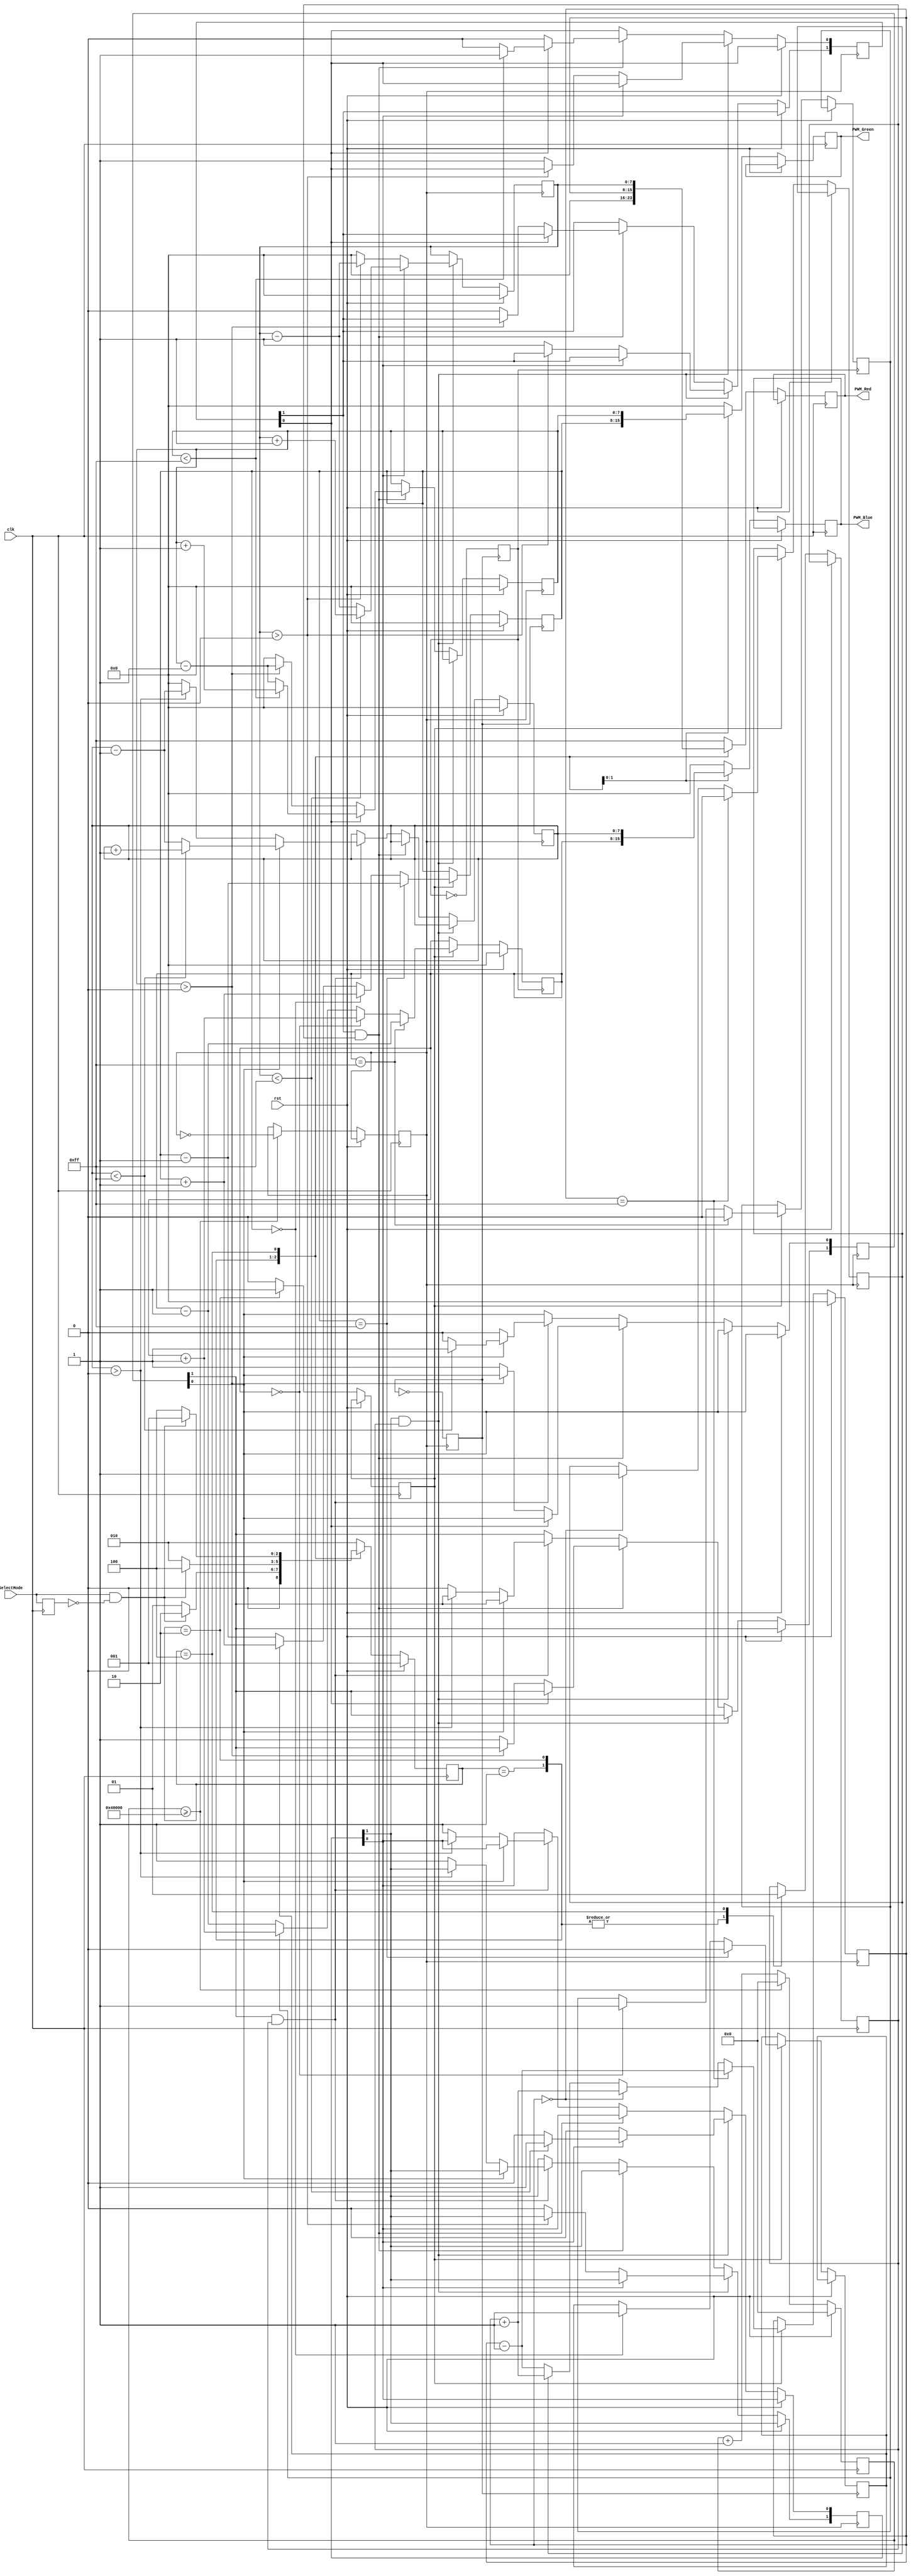
//////////////////////////////////////////////////////////////////////////////////
// 
// Design Name: Breathing Lights
// Module Name: Color_Source
// Project Name: Breathing Lights
// Target Devices: 
// Tool Versions: 
// Description: This is implementation of state machine for selecting color mode change on LEDs
// 
// Dependencies: 
// 
// Revision:
// Revision 0.01 - File Created
// Additional Comments:
// 
//////////////////////////////////////////////////////////////////////////////////


module Color_Source(
    input clk, //Clock
    input rst, //Synchonous reset
    input SelectMode, //Change machine state - color mix mode 
    output reg [7:0] PWM_Red, //Output signal for intensity on Red LED (0-255)
    output reg [7:0] PWM_Green, //Output signal for intensity on Green LED (0-255)
    output reg [7:0] PWM_Blue //Output signal for intensity on Blue LED (0-255)
    );

    //-------------State Machine sates--------------------------
    parameter MachineSize = 3;
    parameter IDLE  = 3'b001, MIXED_COLORS = 3'b010, SINGLE_COLORS = 3'b100;

    //-------------Machine states---------------------------
    reg   [MachineSize-1:0]          state;		// Seq part of the FSM
    wire  [MachineSize-1:0]          next_state;	// combo part of FSM
    
    //Internal counter for prescaling frequency
    reg [32:0] counter = 0;
    
    //Previous state of input SelectMode
    reg PreviousSelectMode;
    
    //Prescaler register
    reg [32:0] toggle_after_cycles = 32'h40000; //32 bit hex value of (262144)DEC for dividing frequency;
    reg scaled_clk = 0; //Prescaled clock
    reg scaled_clk_g = 0; //clock for green color
    reg scaled_clk_b = 0; //clock for blue color
    
    //Direction of counters for individual colors (1 - incrementing; 0 - decrementing)
    reg Direction_Red = 1;
    reg Direction_Green = 1;
    reg Direction_Blue = 1;
    
    //Change of colors on RGB LEDs, bit 0 - direction of counting, bit 1 - enable change on this diode
    reg [1:0] Change_Red_S = 2'b11;
    reg [1:0] Change_Green_S = 2'b00;
    reg [1:0] Change_Blue_S = 2'b00;
    
    //Enable operation modes
    reg EnableMixedColors = 0;
    reg EnableSingleColors = 0;
    
    //PWM values for MIXED_COLORS mode
    reg [7:0] MixedColor_PWM_r;
    reg [7:0] MixedColor_PWM_g;
    reg [7:0] MixedColor_PWM_b;
    
    //PWM values for SINGLE_COLORS mode 
    reg [7:0] SingleColor_PWM_r;
    reg [7:0] SingleColor_PWM_g;
    reg [7:0] SingleColor_PWM_b;

    assign next_state = fsm_function(state, SelectMode);
    
    //----------Function for Combo Logic-----------------
    function [MachineSize-1:0] fsm_function;
        input  [MachineSize-1:0]  state;	
        input    SelectMode;
        case(state)
            IDLE : if (SelectMode == 1'b1 && PreviousSelectMode == 1'b0) begin
                fsm_function = MIXED_COLORS;
            end else begin
                fsm_function = IDLE;
            end
            MIXED_COLORS : if (SelectMode == 1'b1 && PreviousSelectMode == 1'b0) begin
                fsm_function = SINGLE_COLORS;
            end else begin
                fsm_function = MIXED_COLORS;
            end
            SINGLE_COLORS : if (SelectMode == 1'b1 && PreviousSelectMode == 1'b0) begin
                fsm_function = IDLE;
            end else begin
                fsm_function = SINGLE_COLORS;
                end
            default : fsm_function = MIXED_COLORS;
            endcase
    endfunction

    //----------Seq Logic-----------------------------
    always @ (posedge clk)
    begin : FSM_SEQ
        if (rst == 1'b1) begin
            state <= IDLE;
        end else begin
            state <= next_state;
        end
    end            

    always @(posedge clk) //Triggered by rising edge
    begin : OUTPUT_LOGIC
        if (rst == 1'b1) begin //Synchronous reset
           //counter=0;
        end else begin
            case(state)
                IDLE : begin
                    EnableMixedColors <= 0;
                    EnableSingleColors <= 0;
                    PWM_Red <= 0;
                    PWM_Green <= 0;
                    PWM_Blue <= 0;
                end
                MIXED_COLORS : begin
                    EnableMixedColors <= 1;
                    EnableSingleColors <= 0;
                    PWM_Red <= MixedColor_PWM_r;
                    PWM_Green <= MixedColor_PWM_g;
                    PWM_Blue <= MixedColor_PWM_b;
                end
                SINGLE_COLORS : begin
                    EnableSingleColors <= 1;
                    EnableMixedColors <= 0;
                    PWM_Red <= SingleColor_PWM_r;
                    PWM_Green <= SingleColor_PWM_g;
                    PWM_Blue <= SingleColor_PWM_b;
                end
                default : begin
                    EnableMixedColors <= 0;
                    PWM_Red <= 255;
                    PWM_Green <= 0;
                    PWM_Blue <= 0;
                end
            endcase
        end
     end
 
    //Store last SelectMode value
    always @(posedge clk) begin
        PreviousSelectMode <= SelectMode;
    end
    
    //Clock prescaler
    always @(posedge clk) begin //Triggered by rising edge
        if(rst) begin //Synchronous reset
            counter=0;
        end else begin
            counter <= counter + 1;
            if(counter >= toggle_after_cycles) begin
                scaled_clk = ~scaled_clk;
                counter <= 0;
            end
        end
    end

    //----------------- MIXED_COLORS mode -----------------//
    //Determine RED color intensity
    always @(posedge scaled_clk) begin
        if (rst) begin
            MixedColor_PWM_r <= 0;
        end else if(EnableMixedColors) begin 
            if(MixedColor_PWM_r == 255) begin
                Direction_Red = 0;
                MixedColor_PWM_r = MixedColor_PWM_r - 1;
            end else begin
                if(MixedColor_PWM_r == 0) begin
                    Direction_Red = 1;
                    MixedColor_PWM_r = MixedColor_PWM_r + 1;
                end else begin
                    if (Direction_Red == 1) begin
                        MixedColor_PWM_r = MixedColor_PWM_r + 1;
                    end else begin
                        MixedColor_PWM_r = MixedColor_PWM_r - 1;
                    end                            
                end
            end
        end
        scaled_clk_g = ~scaled_clk_g;
    end
    
    //Determine GREEN color intensity
    always @(posedge scaled_clk_g) begin
        if (rst) begin
            MixedColor_PWM_g <= 0;
        end else if(EnableMixedColors) begin
            if(MixedColor_PWM_g == 255) begin
                Direction_Green = 0;
                MixedColor_PWM_g = MixedColor_PWM_g - 1;
            end else begin
                if(MixedColor_PWM_g == 0) begin
                    Direction_Green = 1;
                    MixedColor_PWM_g = MixedColor_PWM_g + 1;
                end else begin
                    if (Direction_Green == 1) begin
                        MixedColor_PWM_g = MixedColor_PWM_g + 1;
                    end else begin
                        MixedColor_PWM_g = MixedColor_PWM_g - 1;
                    end                            
                end
            end
        end
        scaled_clk_b = ~scaled_clk_b;
    end
    
    //Determine BLUE color intensity
    always @(posedge scaled_clk_b) begin
        if (rst) begin
            MixedColor_PWM_b <= 0;
        end else if(EnableMixedColors) begin
            if(MixedColor_PWM_b == 255) begin
                Direction_Blue = 0;
                MixedColor_PWM_b = MixedColor_PWM_b - 1;
            end else begin
                if(MixedColor_PWM_b == 0) begin
                    Direction_Blue = 1;
                    MixedColor_PWM_b = MixedColor_PWM_b + 1;
                end else begin
                    if (Direction_Blue == 1) begin
                        MixedColor_PWM_b = MixedColor_PWM_b + 1;
                    end else begin
                        MixedColor_PWM_b = MixedColor_PWM_b - 1;
                    end                            
                end
            end
        end
    end
    
    //----------------- SINGLE_COLORS mode -----------------//
    always @(posedge scaled_clk) begin
    if(rst) begin //Synchronous reset
        SingleColor_PWM_r <= 0;
        SingleColor_PWM_g <= 0;
        SingleColor_PWM_b <= 0;
    //Control change on RED diode   
    end else if(Change_Red_S[1] && EnableSingleColors) begin //Red is seleted for a change
        if(Change_Red_S[0]) begin//Increasing intensity on red channel
            if(SingleColor_PWM_r < 255) begin
                SingleColor_PWM_r <= SingleColor_PWM_r + 1;
            end else begin
                SingleColor_PWM_r <= SingleColor_PWM_r - 1;
                Change_Red_S[0] <= 0; //Decrease intensity on RED LED from now on
            end
        end else begin //Decreasing intensity on red channel
            if(SingleColor_PWM_r > 0) begin
                SingleColor_PWM_r <= SingleColor_PWM_r -1;
            end else begin
                SingleColor_PWM_r <= 0;
                Change_Red_S[1] <= 0; //Stop change on RED LED
                Change_Green_S <= 2'b11; //Start change on Green LED
            end
       end
    //Control change of color on green diode   
    end else if (Change_Green_S[1] && EnableSingleColors) begin //Green is seleted for a change
        if(Change_Green_S[0]) begin//Increasing intensity on green channel
            if(SingleColor_PWM_g < 255) begin
                SingleColor_PWM_g <= SingleColor_PWM_g + 1;
            end else begin
                SingleColor_PWM_g <= SingleColor_PWM_g - 1;
                Change_Green_S[0] <= 0; //Decrease intensity on GREEN LED from now on
            end
        end else begin //Decreasing intensity on green channel
            if(SingleColor_PWM_g > 0) begin
                SingleColor_PWM_g <= SingleColor_PWM_g -1;
            end else begin
                SingleColor_PWM_g <= 0;
                Change_Green_S[1] <= 0; //Stop change on Green LED
                Change_Blue_S <= 2'b11; //Start change on Blue LED
            end
       end
    //Control change of color on blue diode      
    end else if (Change_Blue_S[1] && EnableSingleColors) begin //Blue is seleted for a change
        if(Change_Blue_S[0]) begin//Increasing intensity on blue channel
            if(SingleColor_PWM_b < 255) begin
                SingleColor_PWM_b <= SingleColor_PWM_b + 1;
            end else begin
                SingleColor_PWM_b <= SingleColor_PWM_b - 1;
                Change_Blue_S[0] <= 0; //Decrease intensity on BLUE LED from now on
            end
        end else begin //Decreasing intensity on blue channel
            if(SingleColor_PWM_b > 0) begin
                SingleColor_PWM_b <= SingleColor_PWM_b -1;
            end else begin
                SingleColor_PWM_b <= 0;
                Change_Blue_S[1] <= 0; //Stop change on Blue LED
                Change_Red_S <= 2'b11; //Start change on Red LED
            end
       end
    end

end                                      

endmodule